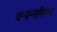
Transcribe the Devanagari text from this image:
धन्वन्तरिरत्न